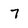
Character: 7